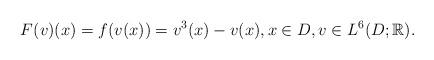
LaTeX: \begin{align*}F(v)(x)=f(v(x))=v^3(x)-v(x),x\in D, v\in L^6(D;\mathbb{R}).\end{align*}